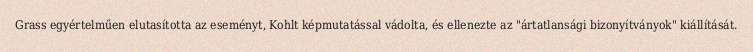
Grass egyértelműen elutasította az eseményt, Kohlt képmutatással vádolta, és ellenezte az "ártatlansági bizonyítványok" kiállítását.